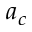
a _ { c }